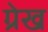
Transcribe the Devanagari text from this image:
ग्रेख